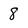
Character: 8